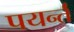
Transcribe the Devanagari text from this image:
पयर्न्तं